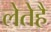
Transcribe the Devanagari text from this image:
लेतेहै